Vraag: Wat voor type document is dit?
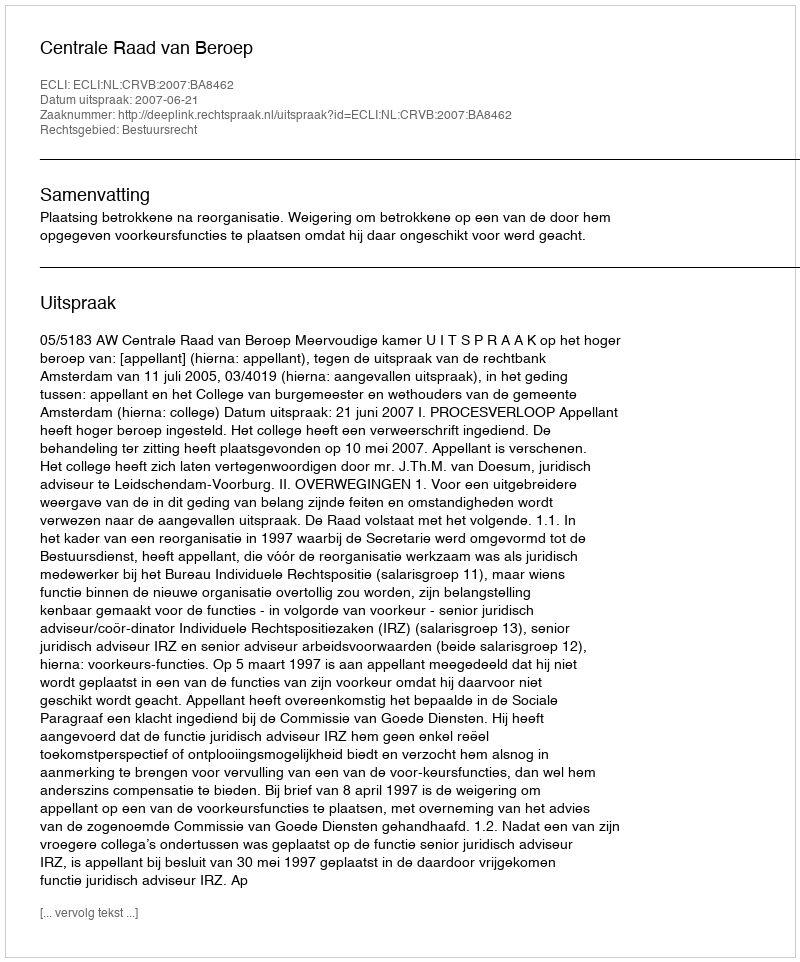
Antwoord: Uitspraak